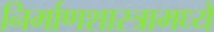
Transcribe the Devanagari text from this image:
निर्माणशास्त्रामध्ये